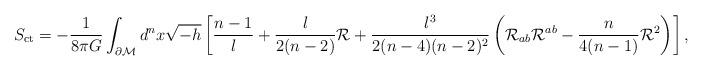
LaTeX: \begin{align*}S_{\rm ct}=-\frac{1}{8\pi G}\int_{\cal \partial M}d^nx \sqrt{-h} \left[ \frac{n-1}{l} +\frac{l}{2(n-2)}{\cal R}+ \frac{l^3}{2(n-4)(n-2)^2}\left( {\cal R}_{ab}{\cal R}^{ab} - \frac{n}{4(n-1)}{\cal R}^2\right) \right],\end{align*}